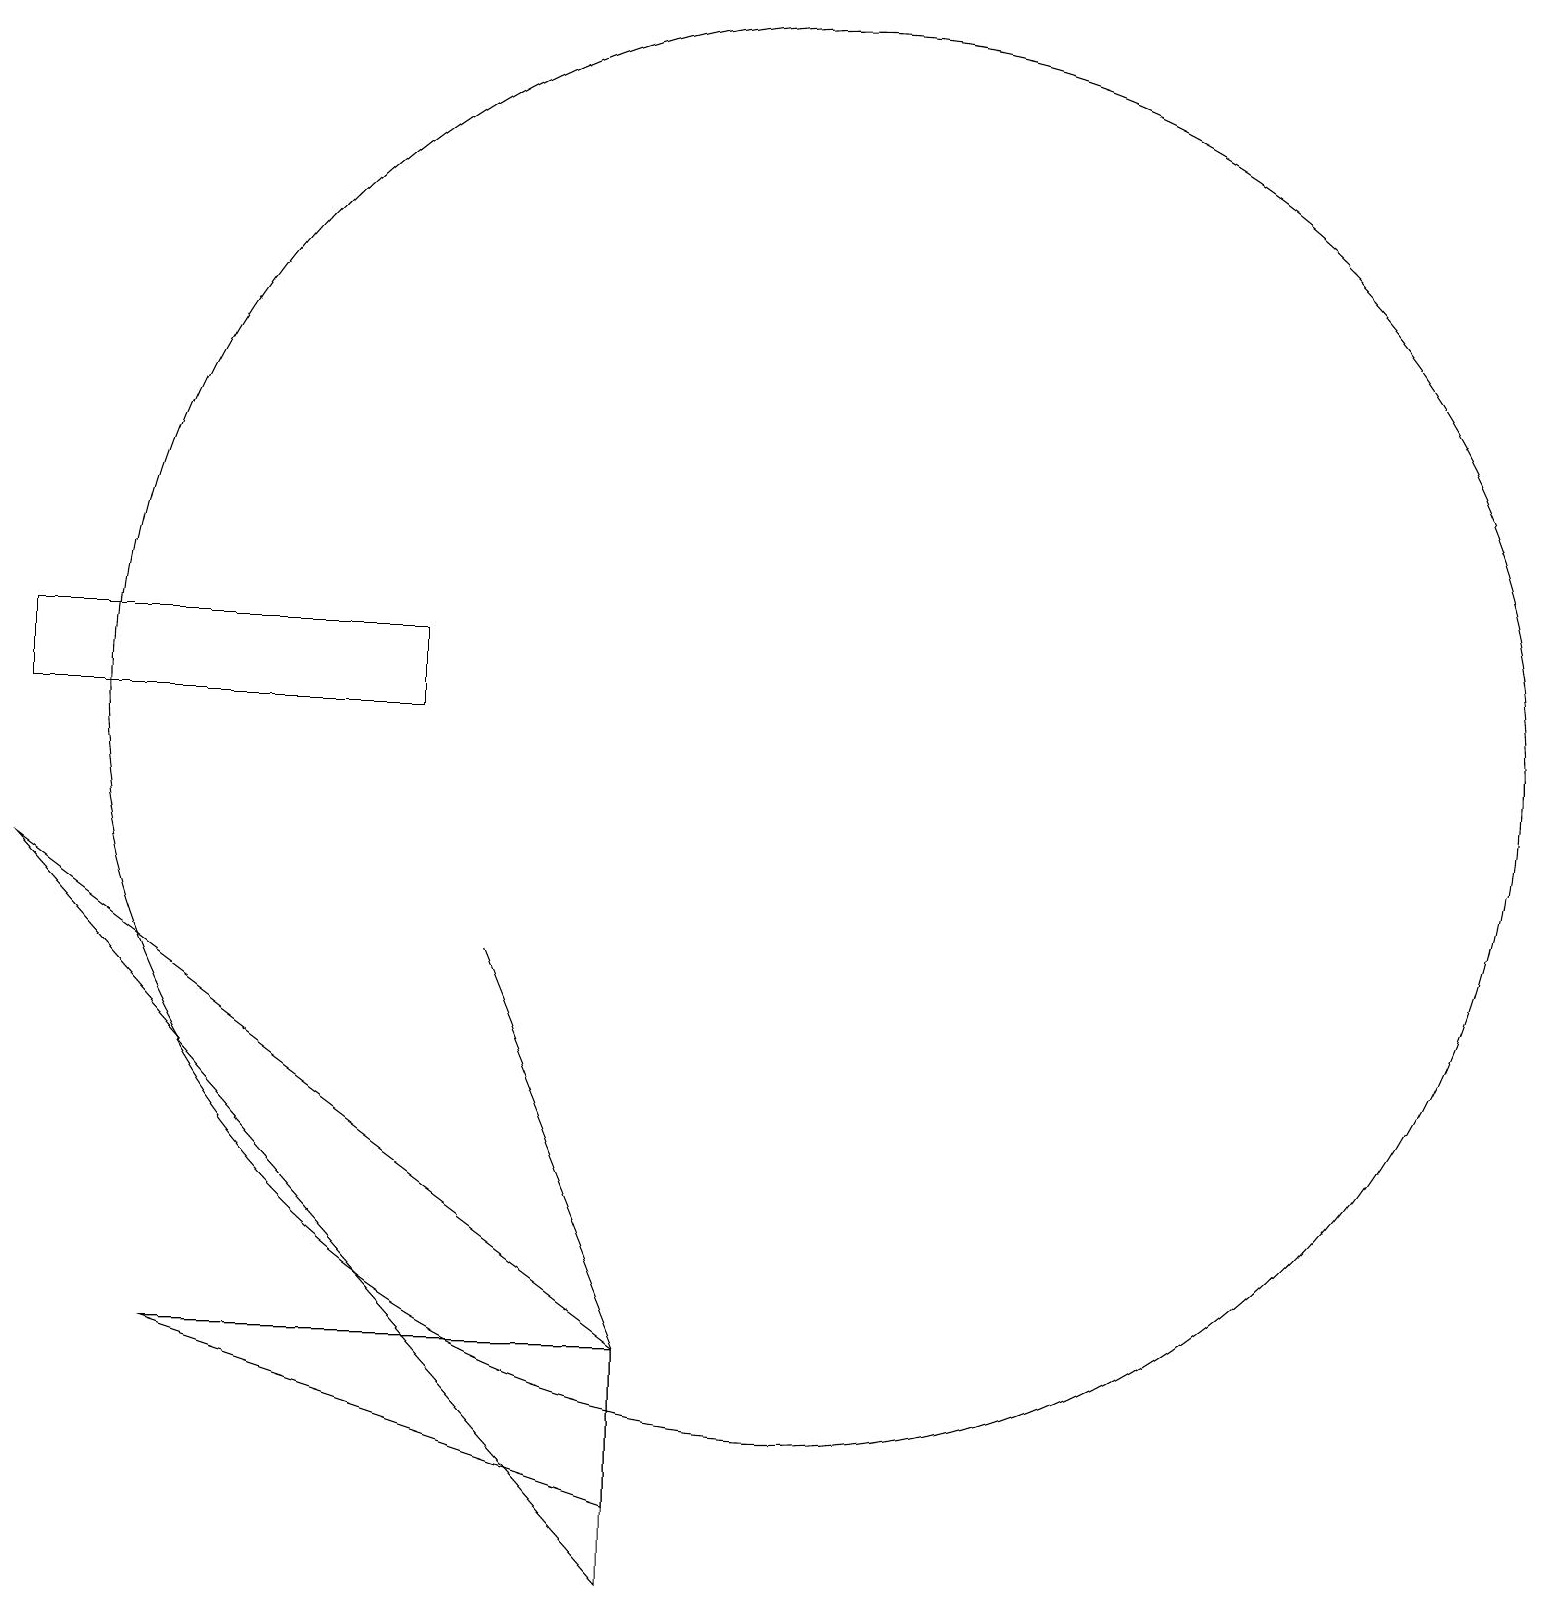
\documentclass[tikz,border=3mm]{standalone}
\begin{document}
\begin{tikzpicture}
\draw (8,0) -- (0,9) -- (8,3) -- cycle;
\draw (8,1) -- (8,3) -- (2,3) -- cycle;
\draw (0,11) rectangle (5,12);
\draw (8,3) -- (6,8) -- (6,8) -- cycle;
\draw (10,11) circle (9);
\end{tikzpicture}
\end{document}